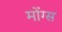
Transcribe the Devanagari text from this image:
मोंग्स